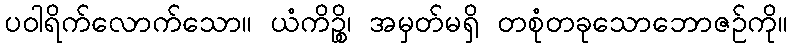
ပဝါရိက်လောက်သော။ ယံကိဉ္စိ၊ အမှတ်မရှိ တစုံတခုသောဘောဇဉ်ကို။